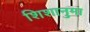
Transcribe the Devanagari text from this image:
शिशानुमा